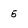
Character: 5